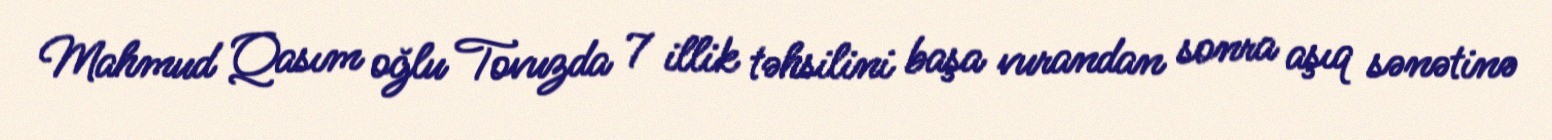
Mahmud Qasım oğlu Tovuzda 7 illik təhsilini başa vurandan sonra aşıq sənətinə